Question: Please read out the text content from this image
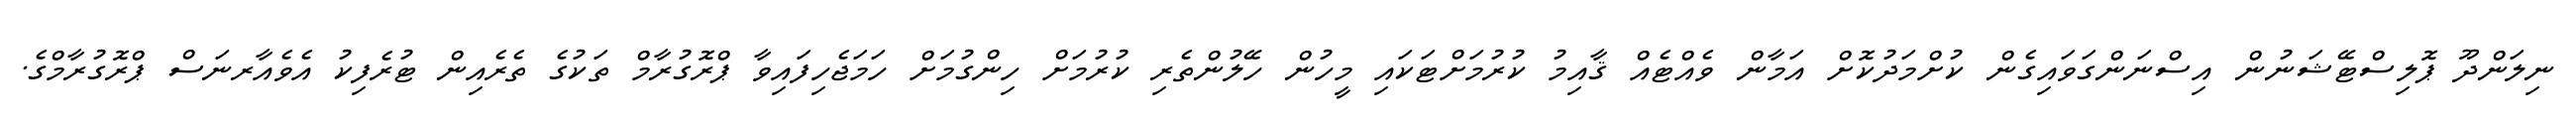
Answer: ނިލަންދޫ ޕޮލިސްޓޭޝަނުން އިސްނަންގަވައިގެން ކުށްމަދުކޮށް އަމާން ވެއްޓެއް ޤާއިމު ކުރުމަށްޓަކައި މީހުން ހޭލުންތެރި ކުރުމަށް ހިންގުމަށް ހަމަޖެހިފައިވާ ޕްރޮގުރާމް ތަކުގެ ތެރެއިން ޓުރެފިކު އެވެއާރނަސް ޕްރޮގުރާމްގެ.